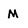
Character: M